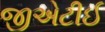
જીએટીઈ